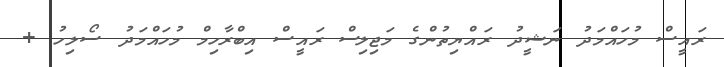
ރައީސް މުހައްމަދު ނަޝީދު ރައްޔިތުންގެ މަޖިލިސް ރައީސް އިބްރާހިމް މުހައްމަދު ސޯލިހު +